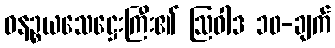
ဓနဉ္စယသေဋ္ဌေးကြီး၏ ဩဝါဒ ၁၀-ချက်